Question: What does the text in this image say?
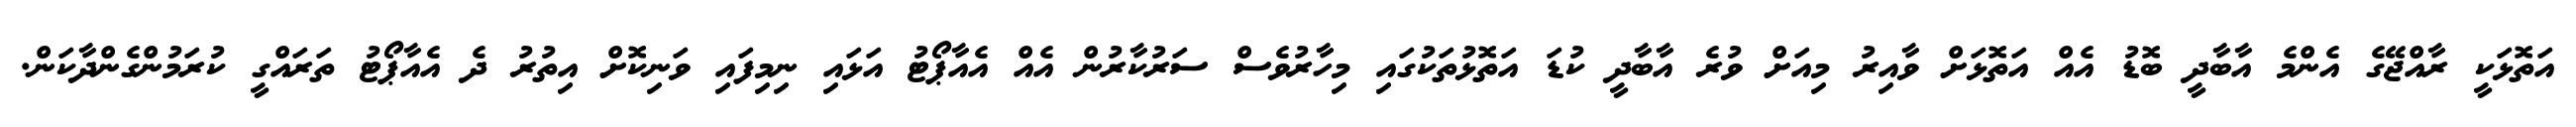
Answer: އަތޮޅަކީ ރާއްޖޭގެ އެންމެ އާބާދީ ބޮޑު އެއް އަތޮޅަށް ވާއިރު މިއަށް ވުރެ އާބާދީ ކުޑަ އަތޮޅުތަކުގައި މިހާރުވެސް ސަރުކާރުން އެއް އެއާޕޯޓު އަޅައި ނިމިފައި ވަނިކޮށް އިތުރު ދެ އެއާޕޯޓު ތަރައްގީ ކުރަމުންގެންދާކަން.